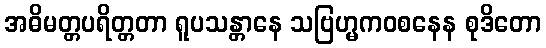
အဓိမတ္တပရိတ္တတာ ရူပသန္တာနေ သဗြဟ္မကဝစနေန စုဒိတော